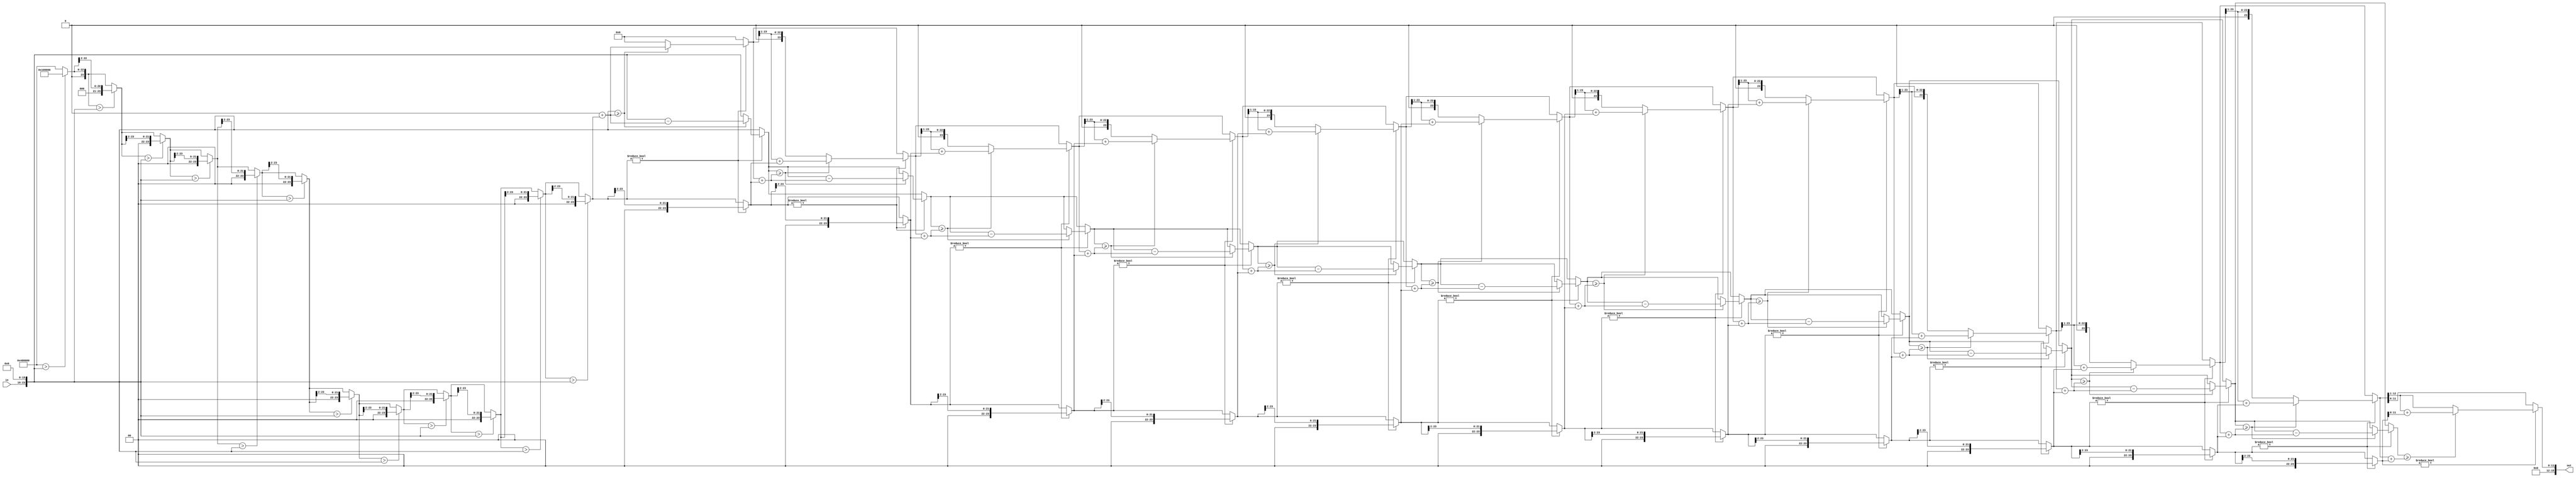
`timescale 1ns / 1ps
//////////////////////////////////////////////////////////////////////////////////
// Company: 
// Engineer: 
// 
// Design Name: 
// Module Name:    square_root 
// Project Name: 
// Target Devices: 
// Tool versions: 
// Description: 
//
// Dependencies: 
//
// Revision: 
// Revision 0.01 - File Created
// Additional Comments: 
//
//////////////////////////////////////////////////////////////////////////////////
module square_root(
    output reg [15:0] out,
    input  [7:0] in );

    reg [23:0] num;
	 reg [23:0] res;
    reg [23:0] b;
	 
//voi folosi algoritmul de pe Wikipedia
always@(*) begin

    num [23:16] = in;
	 num [15:0] = 0;
	 res = 0;
    b = 1 << 22; //pentru ca bitul sa poata fi ulterior shiftat la dreapta pe 2 biti de maxim 12 ori
	 
    repeat(12) begin //shiftez bitul astfel incat sa fie mai mic decat numarul initial
        if (b > num) begin
				b = b >> 2;
        end
    end
    
    repeat(12) begin //de maxim 12 ori se poate shifta b la dreapta cu 2
        if (b != 0) begin
            if (num >= res + b) begin
                num = num - (res + b); //num va avea maxim 23 de biti si va putea fi ulterior shiftat
													//de maxim 11 ori (fara shiftarea initiala, unde res este 0)
                res = (res >> 1) + b;
            end 
				else begin
                res = res >> 1;
                end
            b = b >> 2;
        end
    end
	 
	 out [15:12] = 0;
	 out [11:0] = res [11:0];
end

endmodule